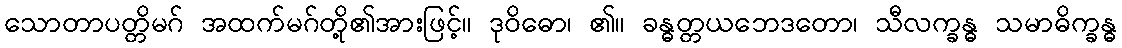
သောတာပတ္တိမဂ် အထက်မဂ်တို့၏အားဖြင့်။ ဒုဝိဓော၊ ၏။ ခန္ဓတ္တယဘေဒတော၊ သီလက္ခန္ဓ သမာဓိက္ခန္ဓ